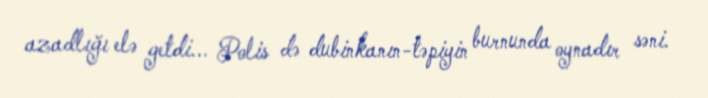
azadlığı elə getdi... Polis də dubinkanın-təpiyin burnunda oynadır səni.